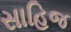
સાહિજ